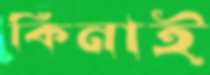
কিনাই